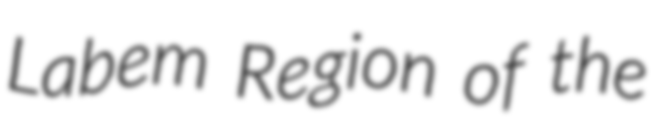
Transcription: Labem Region of the